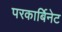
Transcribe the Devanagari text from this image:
परकार्बिनेट